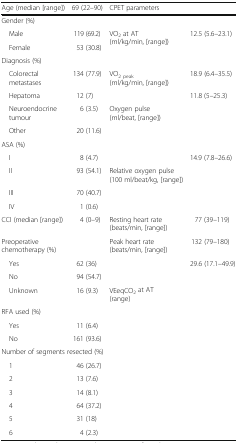
| Age (median [range]) | 69 (22–90) | CPET parameters |  |
 | --- | --- | --- | --- |
 | <COLSPAN=4> Gender (%) |
 | Male | 119 (69.2) | <ROWSPAN=2> VO2 at AT (ml/kg/min, [range]) | <ROWSPAN=2> 12.5 (5.6–23.1) |
 | Female | 53 (30.8) |
 | <COLSPAN=4> Diagnosis (%) |
 | Colorectal metastases | 134 (77.9) | VO2 peak (ml/kg/min, [range]) | 18.9 (6.4–35.5) |
 | Hepatoma | 12 (7) |  | 11.8 (5–25.3) |
 | Neuroendocrine tumour | 6 (3.5) | <ROWSPAN=2> Oxygen pulse (ml/beat, [range]) | <ROWSPAN=2>  |
 | Other | 20 (11.6) |
 | <COLSPAN=4> ASA (%) |
 | I | 8 (4.7) |  | 14.9 (7.8–26.6) |
 | II | 93 (54.1) | Relative oxygen pulse (100 ml/beat/kg, [range]) |  |
 | III | 70 (40.7) | <ROWSPAN=2>  | <ROWSPAN=2>  |
 | IV | 1 (0.6) |
 | CCI (median [range]) | 4 (0–9) | Resting heart rate (beats/min, [range]) | 77 (39–119) |
 | <COLSPAN=2> Preoperative chemotherapy (%) | Peak heart rate (beats/min, [range]) | 132 (79–180) |
 | Yes | 62 (36) | <ROWSPAN=2>  | <ROWSPAN=2> 29.6 (17.1–49.9) |
 | No | 94 (54.7) |
 | Unknown | 16 (9.3) | VEeqCO2 at AT (range) |  |
 | <COLSPAN=4> RFA used (%) |
 | Yes | 11 (6.4) | <ROWSPAN=2>  | <ROWSPAN=2>  |
 | No | 161 (93.6) |
 | <COLSPAN=4> Number of segments resected (%) |
 | 1 | 46 (26.7) | <ROWSPAN=6>  | <ROWSPAN=6>  |
 | 2 | 13 (7.6) |
 | 3 | 14 (8.1) |
 | 4 | 64 (37.2) |
 | 5 | 31 (18) |
 | 6 | 4 (2.3) |